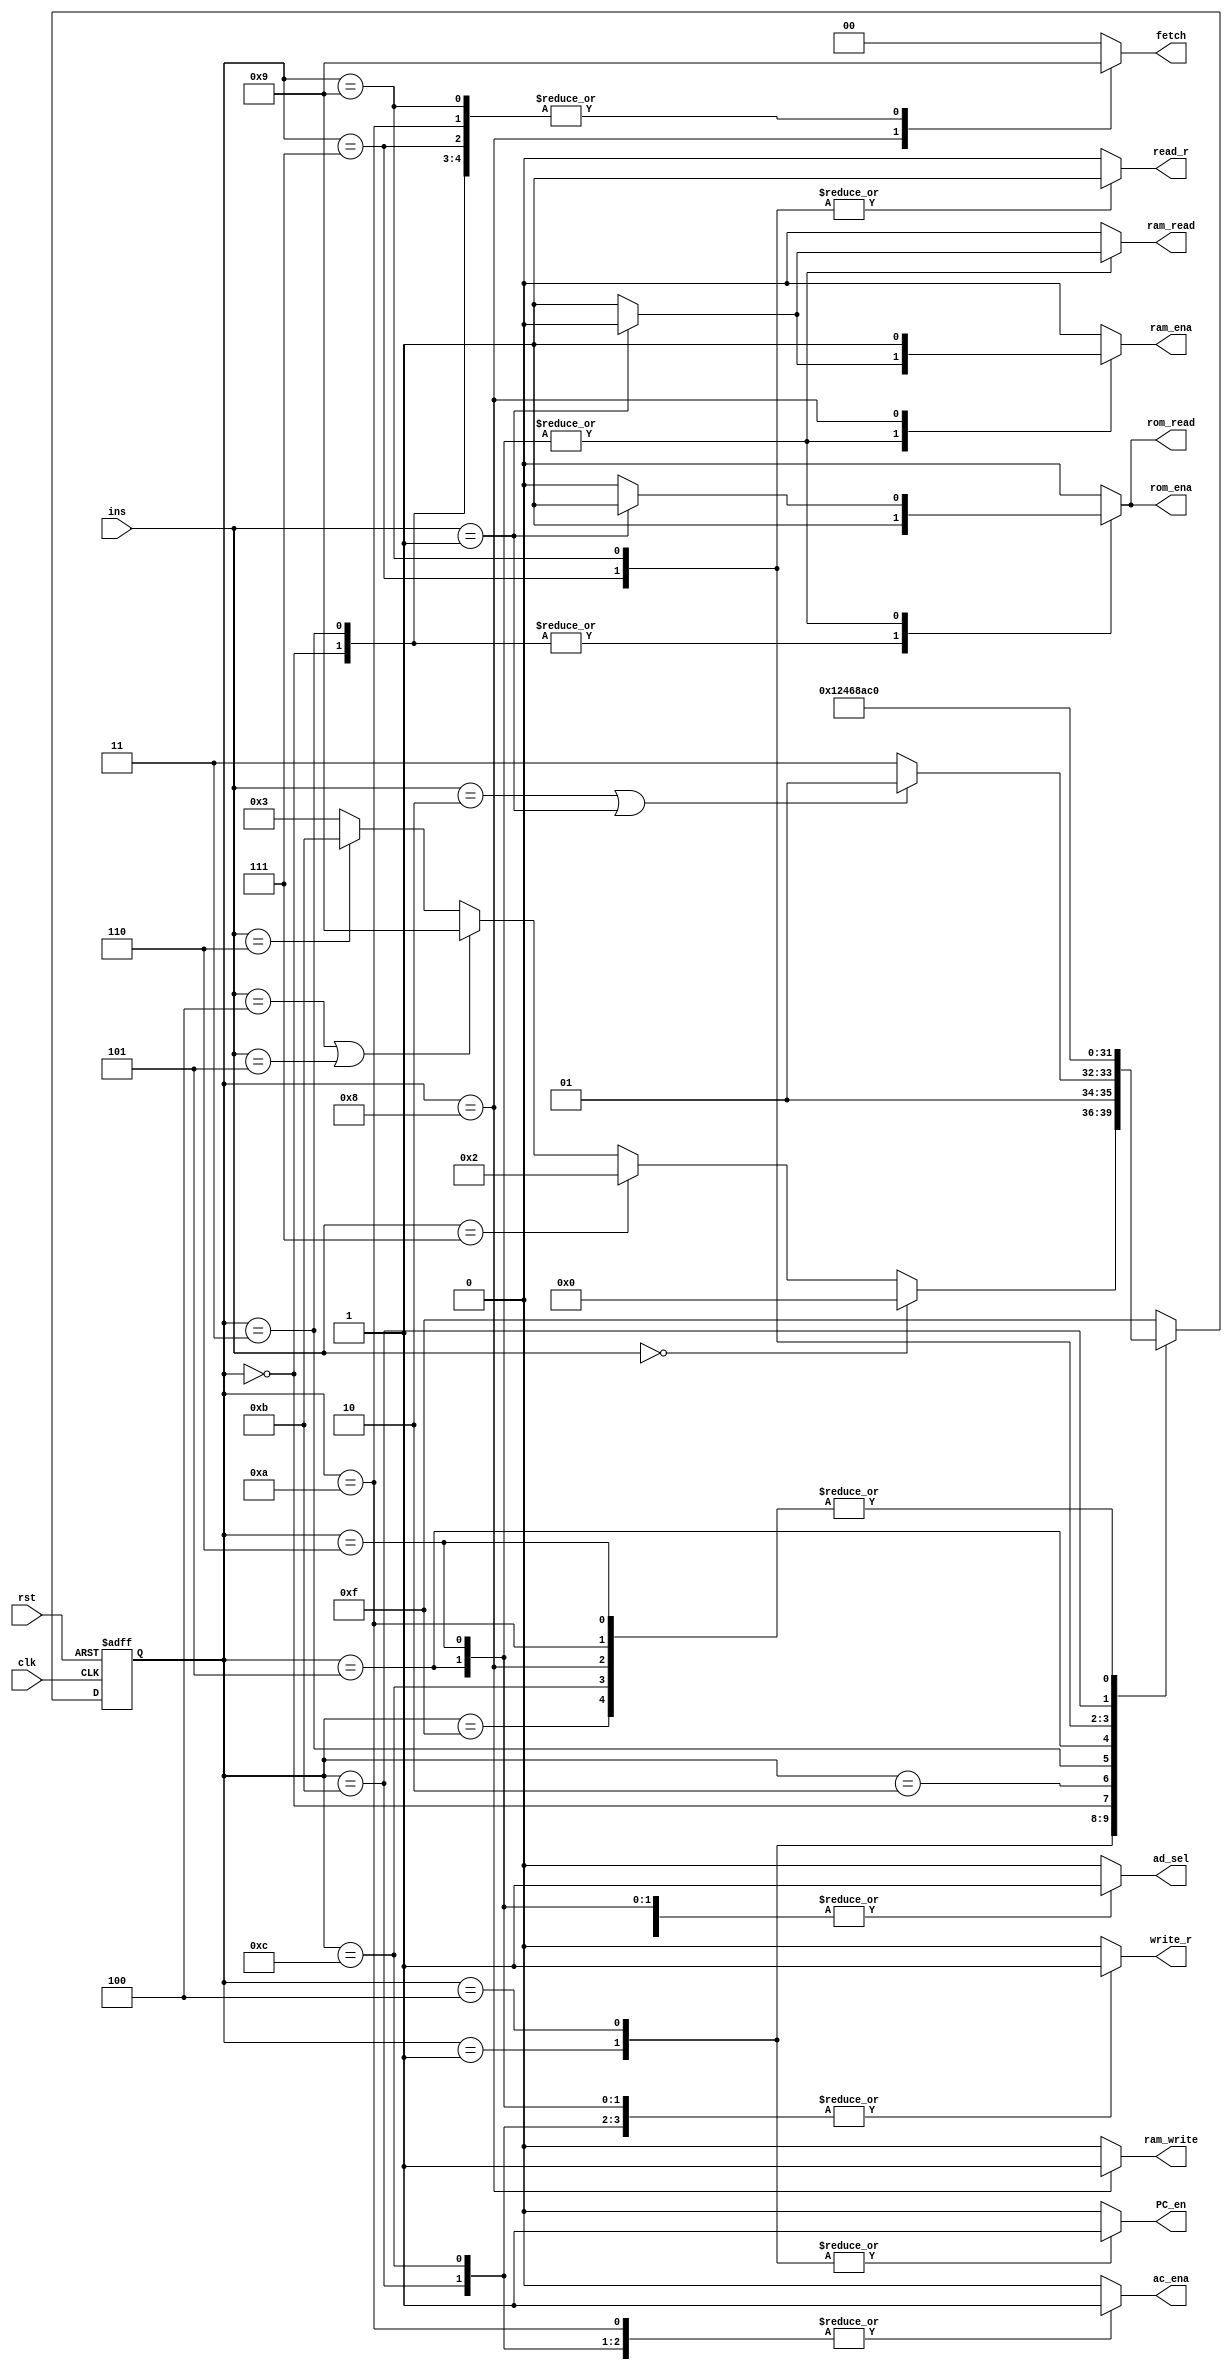
`timescale 1ns / 1ps
//////////////////////////////////////////////////////////////////////////////////
module machine(ins, clk, rst, write_r, read_r, PC_en, fetch, ac_ena, ram_ena, rom_ena,ram_write, ram_read, rom_read, ad_sel);

input clk, rst;   		// clock, reset
input [2:0] ins;  		// instructions, 3 bits, 8 types

// Enable signals
output reg write_r, read_r, PC_en, ac_ena, ram_ena, rom_ena;

// ROM: where instructions are storaged. Read only.
// RAM: where data is storaged, readable and writable.
output reg ram_write, ram_read, rom_read, ad_sel;

output reg [1:0] fetch;		// 01: to fetch from RAM/ROM; 10: to fetch from REG

// State code(current state)
reg [3:0] state;		// current state
reg [3:0] next_state; 	// next state


// instruction code
parameter 	NOP=3'b000, // no operation
			LDO=3'b001,	// load ROM to register
			LDA=3'b010, // load RAM to register
			STO=3'b011, // Store intermediate results to accumulator
			PRE=3'b100, // Prefetch Data from Address
			ADD=3'b101, // Adds the contents of the memory address or integer to the accumulator
			LDM=3'b110, // Load Multiple
			HLT=3'b111; // Halt

// state code			 
parameter Sidle=4'hf,
			 S0=4'd0,
			 S1=4'd1,
			 S2=4'd2,
			 S3=4'd3,
			 S4=4'd4,
			 S5=4'd5,
			 S6=4'd6,
			 S7=4'd7,
			 S8=4'd8,
			 S9=4'd9,
			 S10=4'd10,
			 S11=4'd11,
			 S12=4'd12;
			 
//PART A: D flip latch; State register
always @(posedge clk or negedge rst) 
begin
	if(!rst) state<=Sidle;
		//current_state <= Sidle;
	else state<=next_state;
		//current_state <= next_state;	
end


//PART B: Next-state combinational logic
always @*
begin
case(state)
S1:		begin
			if (ins==NOP) next_state=S0;
			else if (ins==HLT)  next_state=S2;
			else if (ins==PRE | ins==ADD) next_state=S9;
			else if (ins==LDM) next_state=S11;
			else next_state=S3;
		end

S4:		begin
			if (ins==LDA | ins==LDO) next_state=S5;
			//else if (ins==STO) next_state=S7; 
			else next_state=S7; // ---Note: there are only 3 long instrucions. So, all the cases included. if (counter_A==2*b11)
		end
Sidle:	next_state=S0;
S0:		next_state=S1;
S2:	    next_state=S2;
S3:		next_state=S4;
S5:		next_state=S6;
S6:		next_state=S0;
S7:		next_state=S8;
S8:		next_state=S0;
S9:		next_state=S10;
S10:	next_state=S0;
S11:	next_state=S12;
S12:	next_state=S0;
default: next_state=Sidle;
endcase

// assign style
// TODO
end

// another style
//PART C: Output combinational logic
always@*
begin 
case(state)
// --Note: for each statement, we concentrate on the current state, not next_state
// because it is combinational logic.
  Sidle: begin
		 write_r=1'b0;
		 read_r=1'b0;
		 PC_en=1'b0; //** not so sure, log: change 1 to 0
		 ac_ena=1'b0;
		 ram_ena=1'b0;
		 rom_ena=1'b0;		 ram_write=1'b0;
		 ram_read=1'b0;
		 rom_read=1'b0;
		 ad_sel=1'b0;
		 fetch=2'b00;
		 end
     S0: begin // load IR
		 write_r=0;
		 read_r=0;
		 PC_en=0;
		 ac_ena=0;
		 ram_ena=0;
		 rom_ena=1;
		 ram_write=0;
		 ram_read=0;
		 rom_read=1;
		 ad_sel=0;
		 fetch=2'b01;
		 		 
		 //write_r, read_r, PC_en, ac_ena, ram_ena, rom_ena;
		 //ram_write, ram_read, rom_read, ad_sel;
		 
//		 fetch=2'b01; // fetch ins+reg_addr from ROM
//		 rom_read=1;
//		 rom_ena=1;
		 end
     S1: begin
		 write_r=0;
		 read_r=0;
		 PC_en=1; //PC+1
		 ac_ena=0;
		 ram_ena=0;
		 rom_ena=0;
		 ram_write=0;
		 ram_read=0;
		 rom_read=0;
		 ad_sel=0;
		 fetch=2'b00;
//		 		 
//		 PC_en=1;
//		 ad_sel=0; // **not so sure, sel=0, select pc_addr(where next ins located)
		 end
     S2: begin
		 write_r=0;
		 read_r=0;
		 PC_en=0;
		 ac_ena=0;
		 ram_ena=0;
		 rom_ena=0;
		 ram_write=0;
		 ram_read=0;
		 rom_read=0;
		 ad_sel=0;
		 fetch=2'b00;
		 end
     S3: begin
		 write_r=0;
		 read_r=0;
		 PC_en=0;
		 ac_ena=0;
		 ram_ena=0;
		 rom_ena=1;
		 ram_write=0;
		 ram_read=0;
		 rom_read=1;
		 ad_sel=0;
		 fetch=2'b01;
		 
//		 fetch=2'b01;
//		 rom_read=1;
//		 rom_ena=1;
		 end
     S4: begin
		 write_r=0;
		 read_r=0;
		 PC_en=1;
		 ac_ena=0;
		 ram_ena=0;
		 rom_ena=0;
		 ram_write=0;
		 ram_read=0;
		 rom_read=0;
		 ad_sel=0;
		 fetch=2'b00;
		 
//		 PC_en=1;
//		 ad_sel=0;
		 end
     S5: begin
		 if (ins==LDO)
		 begin
		 write_r=1;
		 read_r=0;
		 PC_en=0;
		 ac_ena=0;
		 ram_ena=0;
		 rom_ena=1;
		 ram_write=0;
		 ram_read=0;
		 rom_read=1;
		 ad_sel=1; // ! Attention, don't forget
		 fetch=2'b00;			 
		 end
		 else // ins==LDA
		 begin
		 write_r=1;
		 read_r=0;
		 PC_en=0;
		 ac_ena=0;
		 ram_ena=1;
		 rom_ena=0;
		 ram_write=0;
		 ram_read=1;
		 rom_read=0;
		 ad_sel=1;
		 fetch=2'b00;
		 end	 
		 
//		 write_r=1;
//		 ram_ena=1;
		 end
     S6: begin  // same as s5
		 if (ins==LDO)
		 begin
		 write_r=1;
		 read_r=0;
		 PC_en=0;
		 ac_ena=0;
		 ram_ena=0;
		 rom_ena=1;
		 ram_write=0;
		 ram_read=0;
		 rom_read=1;
		 ad_sel=1; 
		 fetch=2'b00;			 
		 end
		 else 
		 begin
		 write_r=1;
		 read_r=0;
		 PC_en=0;
		 ac_ena=0;
		 ram_ena=1;
		 rom_ena=0;
		 ram_write=0;
		 ram_read=1;
		 rom_read=0;
		 ad_sel=1;
		 fetch=2'b00;
		 end	 
	
		 end
     S7: begin // STO, reg->ram. step1. read REG
		 write_r=0;
		 read_r=1;
		 PC_en=0;
		 ac_ena=0;
		 ram_ena=0;
		 rom_ena=0;
		 ram_write=0;
		 ram_read=0;
		 rom_read=0;
		 ad_sel=0;
		 fetch=2'b01;
		 		 
		 //read_r=1;
		 end
     S8: begin // STO, step2, write RAM
		 write_r=0;
		 read_r=0;
		 PC_en=0;
		 ac_ena=0;
		 ram_ena=1;
		 rom_ena=0;
		 ram_write=1;
		 ram_read=0;
		 rom_read=0;
		 ad_sel=1;
		 fetch=2'b10; //fetch=2'b10, ram_ena=1, ram_write=1, ad_sel=1;
		 
//		 ram_ena=1;
//		 ram_write=1;
		 end
     S9: begin 
		 if (ins==PRE) // REG->ACCUM
		 begin
		 write_r=0;
		 read_r=1;
		 PC_en=0;
		 ac_ena=0;
		 ram_ena=0;
		 rom_ena=0;
		 ram_write=0;
		 ram_read=0;
		 rom_read=0;
		 ad_sel=0;
		 fetch=2'b01;
		 end
		 else // ins==ADD, same as PRE
		 begin 
		 write_r=0;
		 read_r=1;
		 PC_en=0;
		 ac_ena=0;
		 ram_ena=0;
		 rom_ena=0;
		 ram_write=0;
		 ram_read=0;
		 rom_read=0;
		 ad_sel=0;
		 fetch=2'b01;		 
		 end 
		 end
    S10: begin
		 write_r=0;
		 read_r=0;
		 PC_en=0;
		 ac_ena=1;
		 ram_ena=0;
		 rom_ena=0;
		 ram_write=0;
		 ram_read=0;
		 rom_read=0;
		 ad_sel=0;
		 fetch=2'b01;
		 		 
		 //ac_ena=1;
		 end
    S11: begin // LDM, step1, write reg
		 write_r=1;
		 read_r=0;
		 PC_en=0;
		 ac_ena=1;
		 ram_ena=0;
		 rom_ena=0;
		 ram_write=0;
		 ram_read=0;
		 rom_read=0;
		 ad_sel=0;
		 fetch=2'b00;
		 		 
		 //write_r=1;
		 end
    S12: begin  // same as s11
		 write_r=1;
		 read_r=0;
		 PC_en=0;
		 ac_ena=1;
		 ram_ena=0;
		 rom_ena=0;
		 ram_write=0;
		 ram_read=0;
		 rom_read=0;
		 ad_sel=0;
		 fetch=2'b00;	 
		 end
default: begin
		 write_r=0;
		 read_r=0;
		 PC_en=0;
		 ac_ena=0;
		 ram_ena=0;
		 rom_ena=0;
		 ram_write=0;
		 ram_read=0;
		 rom_read=0;
		 ad_sel=0;
		 fetch=2'b00;		 
		 end
endcase
end


endmodule